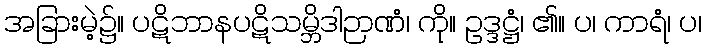
အခြားမဲ့၌။ ပဋိဘာနပဋိသမ္ဘိဒါဉာဏံ၊ ကို။ ဥဒ္ဒဋ္ဌံ၊ ၏။ ပ၊ ကာရံ၊ ပ၊